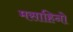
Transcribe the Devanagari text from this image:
मसाहिनो